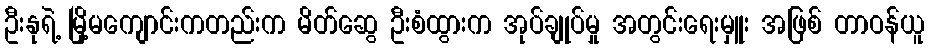
ဦးနုရဲ့ မြို့မကျောင်းကတည်းက မိတ်ဆွေ ဦးစံထွားက အုပ်ချုပ်မှု အတွင်းရေးမှူး အဖြစ် တာဝန်ယူ